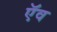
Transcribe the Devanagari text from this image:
ऍव